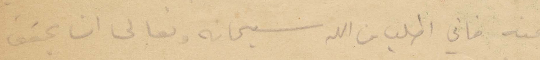
منه فاني اطلب من الله سبحانه وتعالى ان يحقق